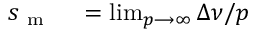
\begin{array} { r l } { s _ { \mathrm { ~ m ~ } } } & { { } = \operatorname* { l i m } _ { p \longrightarrow \infty } \Delta \nu / p } \end{array}